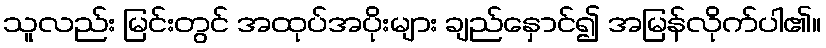
သူလည်း မြင်းတွင် အထုပ်အပိုးများ ချည်နှောင်၍ အမြန်လိုက်ပါ၏။